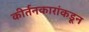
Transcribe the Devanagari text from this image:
कीर्तनकारांकडून